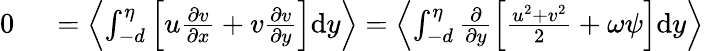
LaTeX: \begin{array}{rl}{0\ }&{{}=\left<\int_{-d}^{\eta}\left[u\frac{\partial v}{\partial x}+v\frac{\partial v}{\partial y}\right]\mathrm{d}y\right>=\left<\int_{-d}^{\eta}\frac{\partial}{\partial y}\left[\frac{u^{2}+v^{2}}{2}+\omega\psi\right]\mathrm{d}y\right>}\end{array}